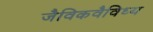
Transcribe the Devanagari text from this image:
जैविकवैविध्य